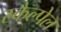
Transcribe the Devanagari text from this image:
स्कैल्पेल